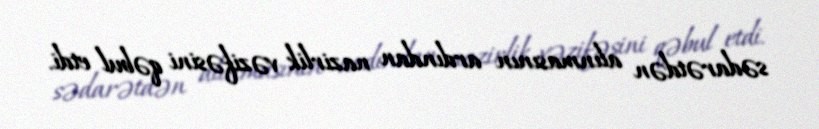
sədarətdən alınmasının ardından nazirlik vəzifəsini qəbul etdi.